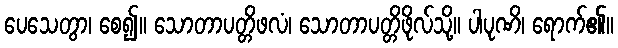
ပေသေတွာ၊ စေ၍။ သောတာပတ္တိဖလံ၊ သောတာပတ္တိဖိုလ်သို့။ ပါပုဏိ၊ ရောက်၏။